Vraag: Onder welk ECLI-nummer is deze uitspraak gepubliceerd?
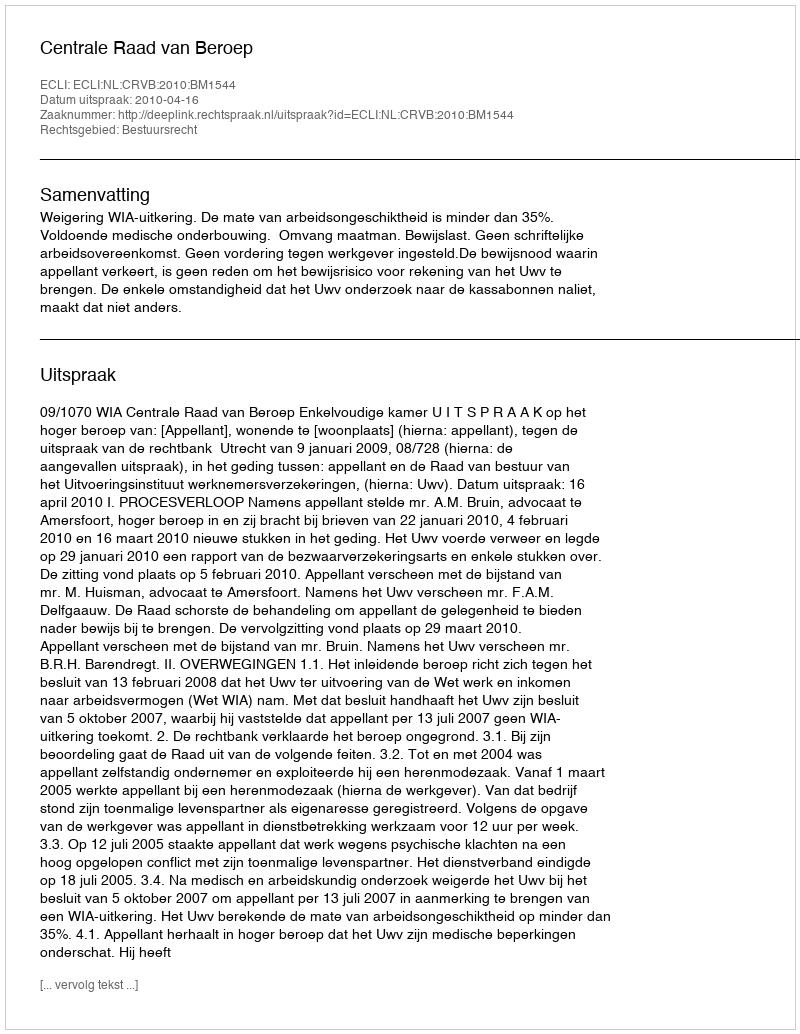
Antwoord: ECLI:NL:CRVB:2010:BM1544